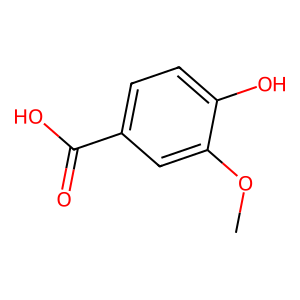
SMILES: COc1cc(C(=O)O)ccc1O
Inhibits HIV replication: No